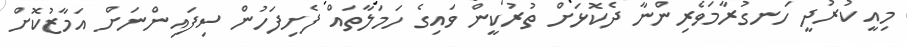
މިއީ ކުރުދީ ހަނގުރާމަވެރިންނާ ދެކޮޅަށް ތުރުކީން ވައިގެ ހަމަލާތައް ފެށިފަހުން ސިފައިންނަށް އަމާޒުކޮށް